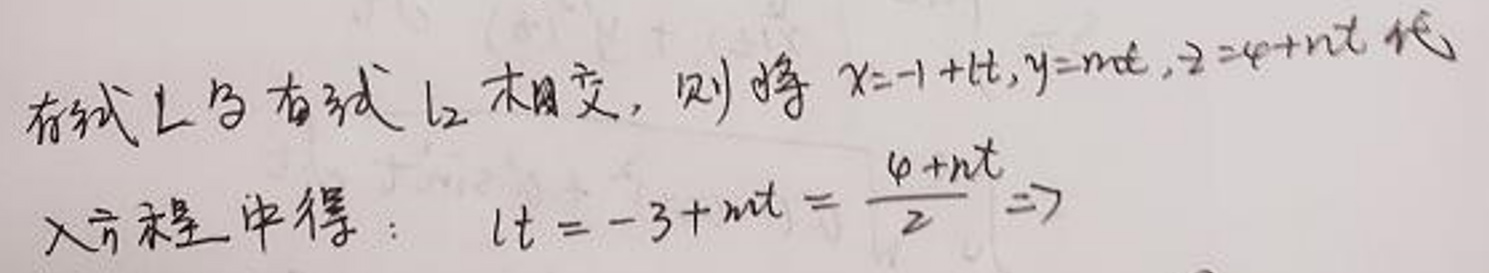
若直线$L$与直线$l_{2}$相交，则将$x = -1+lt,y = mt,z = 4+nt$代入方程中得：$lt=-3 + mt=\frac{4 + nt}{2}\Rightarrow$